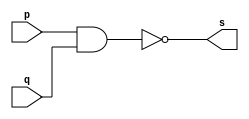
// Nome: Matheus Filipe Sieiro Vargas
module nandgate (output s , input p , input q);
assign s = ~(p&q);
endmodule

module testenandgate;
reg a,b;
wire s;

nandgate nand1 (s,a,b);
initial begin 
a=0;
b=0;
end
initial begin
$display("blabla");
#1 $display("%b & %b = %b",a,b,s);

a=0;
b=1;
#1 $display("%b & %b = %b",a,b,s);

a=1;
b=0;
#1 $display("%b & %b = %b",a,b,s);

a=1;
b=1;
#1 $display("%b & %b = %b",a,b,s);
end 

endmodule